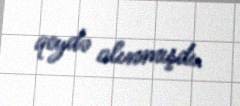
qeydə alınmışdı.